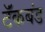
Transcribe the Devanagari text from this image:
टॅंकबंड